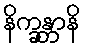
နိက္ခန္တာနိ